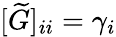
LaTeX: [\widetilde{G}]_{ii}=\gamma_{i}